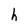
Character: h